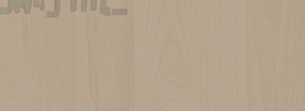
أحدث موديلات الهدايا الشخ